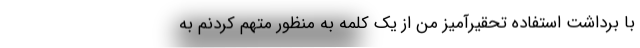
با برداشت استفاده تحقیرآمیز من از یک کلمه به منظور متهم کردنم به